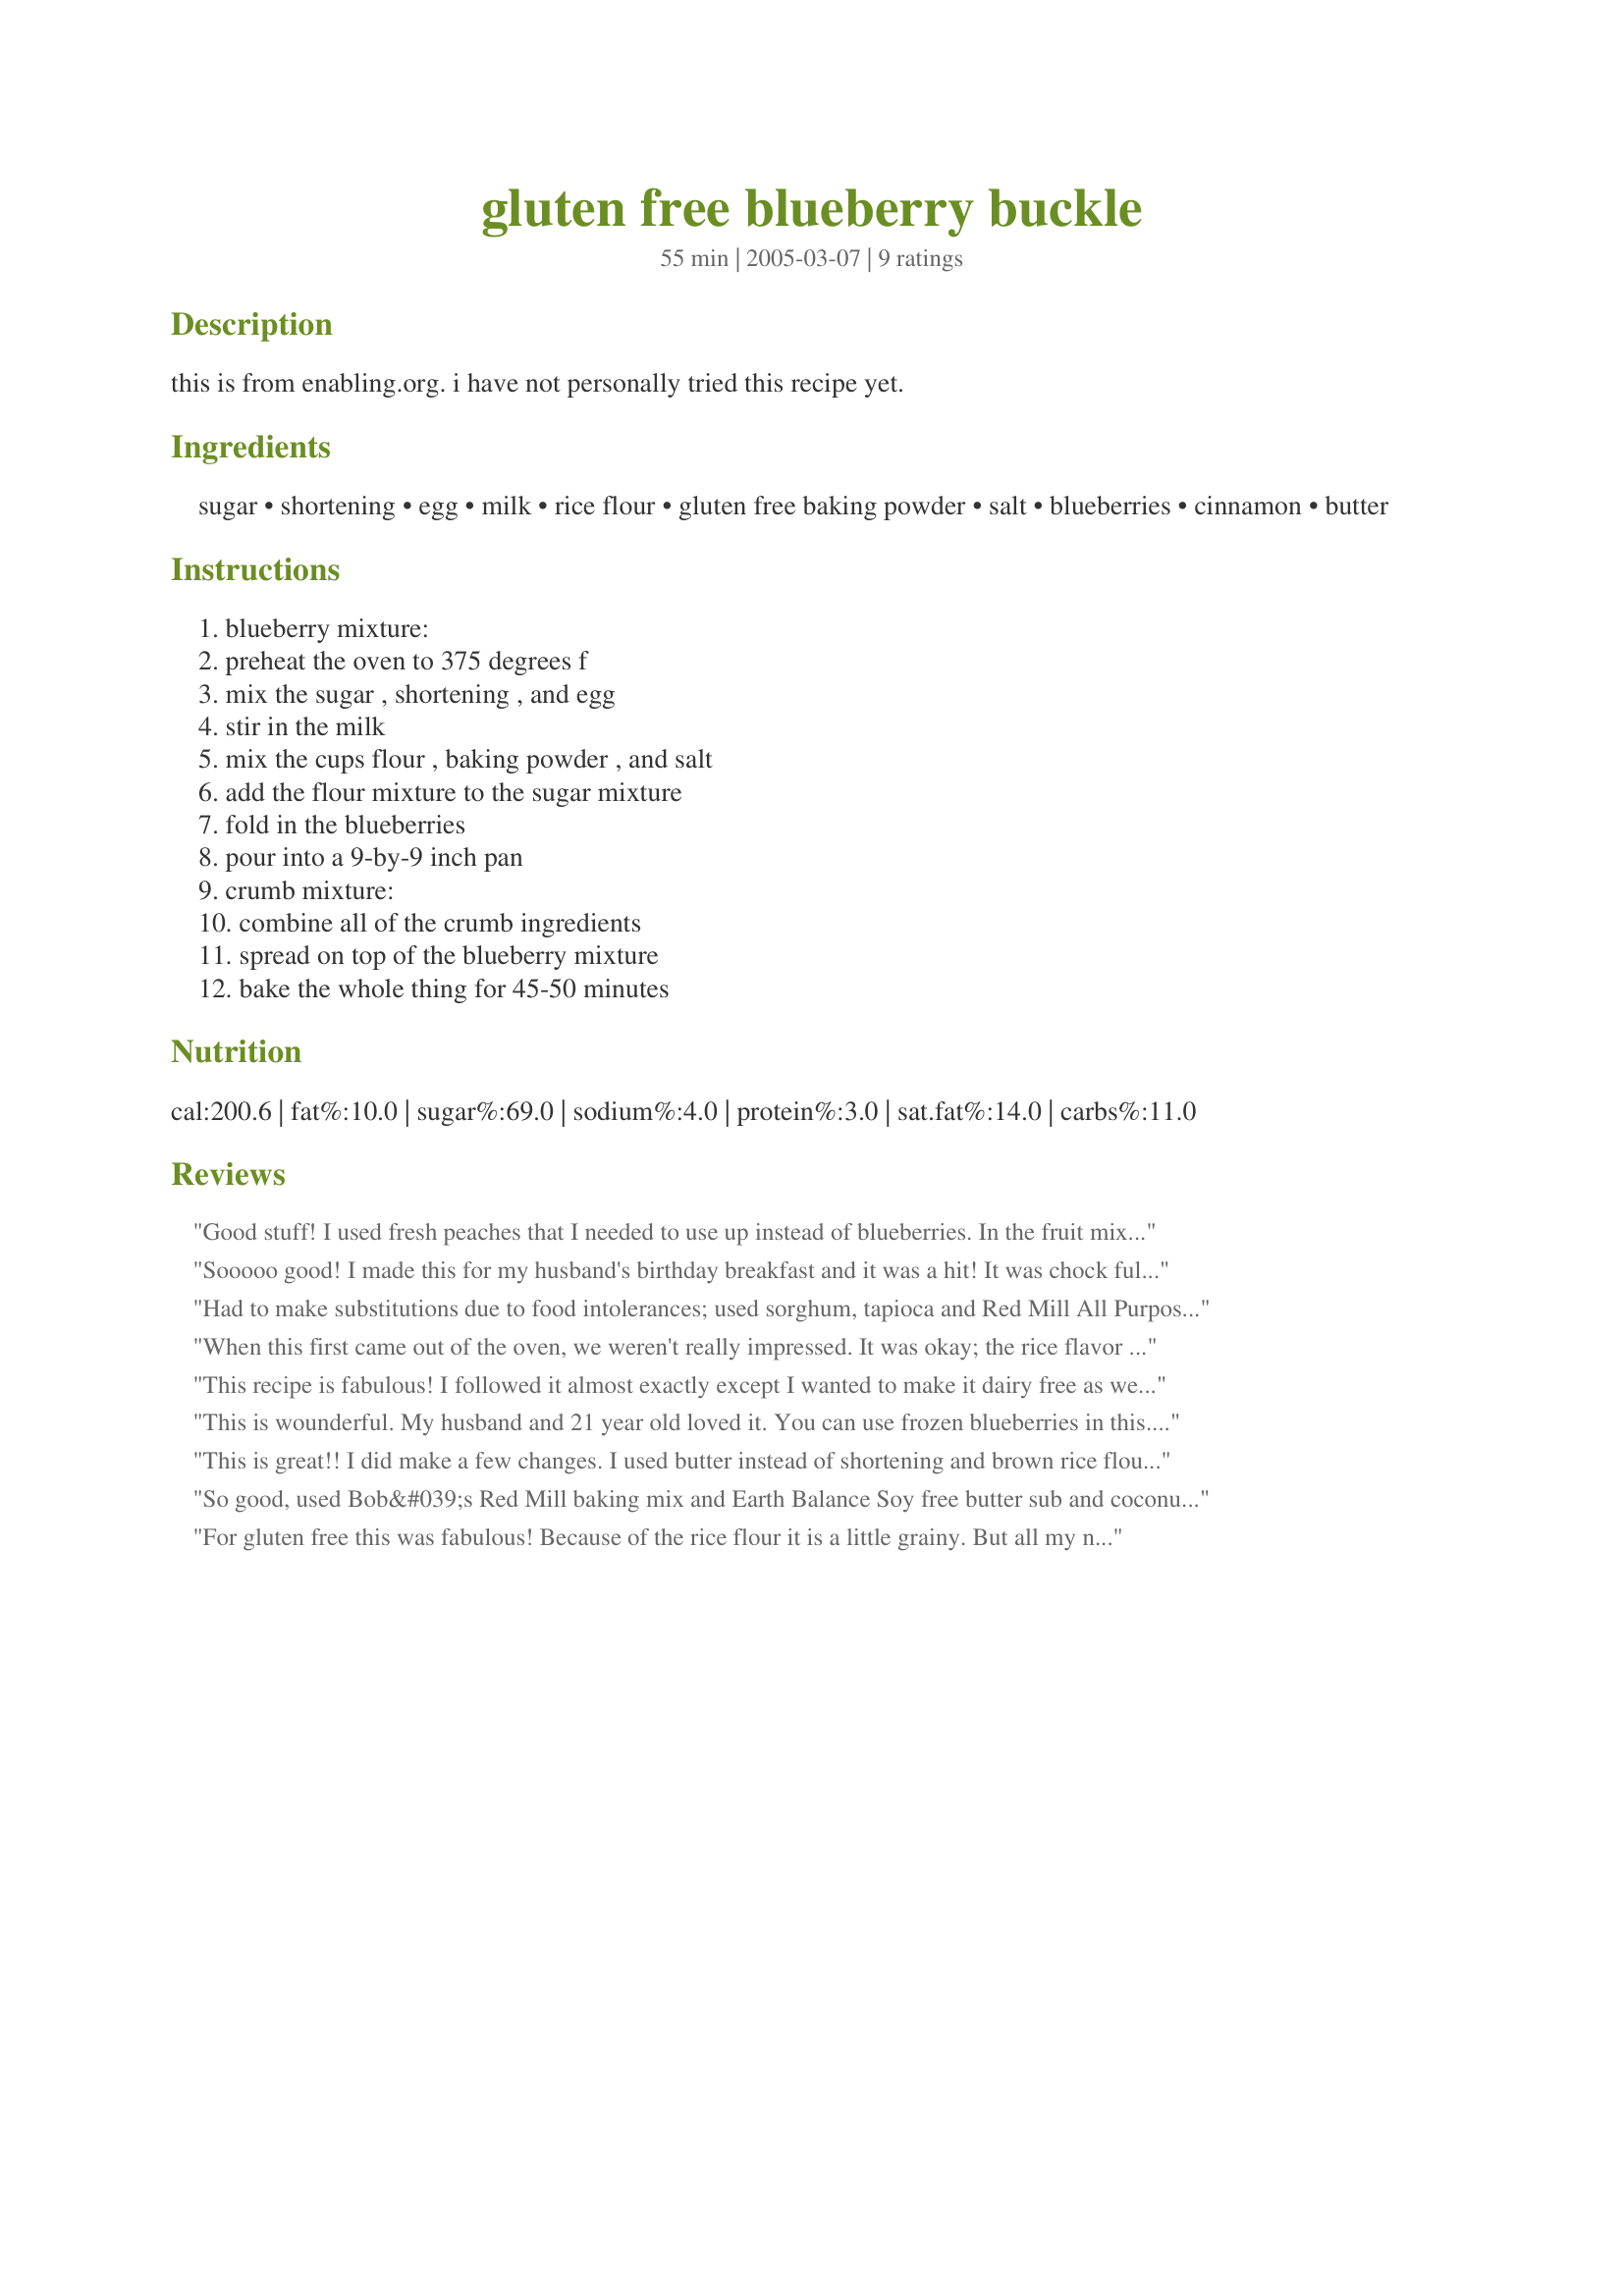
gluten free blueberry buckle
Preparation time: 55 minutes

this is from enabling.org. i have not personally tried this recipe yet.

Ingredients:
sugar, shortening, egg, milk, rice flour, gluten free baking powder, salt, blueberries, cinnamon, butter

Steps:
blueberry mixture:, preheat the oven to 375 degrees f, mix the sugar , shortening , and egg, stir in the milk, mix the cups flour , baking powder , and salt, add the flour mixture to the sugar mixture, fold in the blueberries, pour into a 9-by-9 inch pan, crumb mixture:, combine all of the crumb ingredients, spread on top of the blueberry mixture, bake the whole thing for 45-50 minutes

Reviews:
Good stuff! I used fresh peaches that I needed to use up instead of blueberries. In the fruit mixture I used 1/2 cup brown sugar rather than 3/4 cup. I used homemade almond milk for the milk and a rice flour mixture with mostly brown rice flour (not just rice flour). In the crumb mixture I used white sugar and plain brown rice flour. I added some toasted slivered almonds and an extra 1/2 tsp cinnamon. For all the fat content I used canola and a canola/olive oil combination. I pressed this on top of the batter so it wouldn't be as crumbly and I think I would do so again next time. I baked this in a large loaf pan. It turned out like a very fruity pound cake that was not too sweet, with a sweet crumbly topping. I would make this again with different kinds of fruit, maybe blueberries or apples!
Sooooo good! I made this for my husband's birthday breakfast and it was a hit! It was chock full of blueberrries. I used Bob's Red Mill All-Purpose Gluten-Free Flour Blend in place of the rice flour. I used non-hydrogenated margarine in place of the shortening and soy milk in place of the milk. I also sprinkled some extra cinnamon on top. I will definitely make this again.
Had to make substitutions due to food intolerances; used sorghum, tapioca and Red Mill All Purpose GF. Soy Milk, coconut oil and ghee. And just because we had them, raspberries, blackberries and blueberries. My non-GF family loved it!<br/><br/>Made it again with sorghum, millett, garbanzo/fava flours. And Blackberries. Yum again!
When this first came out of the oven, we weren't really impressed. It was okay; the rice flavor was pronounced. At the end of the day we started to nibble on it. It tasted great! The texture was like a light (not dense) coffee cake. If i didn't make it, we wouldn't have known this is gluten free. I had to use canned peaches because I had no blueberries. Thanks for sharing this great recipe!
This recipe is fabulous! I followed it almost exactly except I wanted to make it dairy free as well so I substituted coconut oil equally for butter. I also added half again as many blueberries. Everyone raved and asked for the recipe. Didn't even know it was GF/DF!
This is wounderful. My husband and 21 year old loved it. You can use frozen blueberries in this.
HarleyDiana
This is great!! I did make a few changes. I used butter instead of shortening and brown rice flour mix instead of plain rice flour (usually a mix of gluten-free flours does better than just one). I used frozen blueberries, but forgot to thaw them, however that didn't seem to matter. It's very sweet and delicious. A non-gf friend and her kids were over and they all loved it as well. It tastes just like a really yummy blueberry muffin.
So good, used Bob&#039;s Red Mill baking mix and Earth Balance Soy free butter sub and coconut sugar. Everyone loved it :)
For gluten free this was fabulous! Because of the rice flour it is a little grainy. But all my non GF friends liked it a lot!

Thanks!
